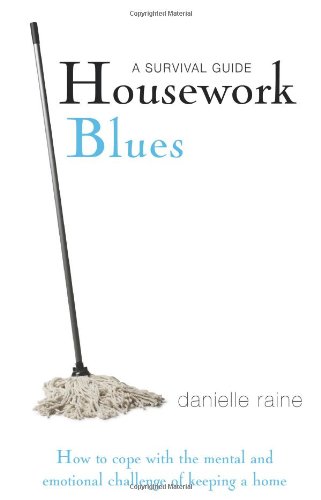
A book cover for Housework Blues: A Survival Guide- How to Cope with the Mental and Emotional Challenge of Keeping a Home; Danielle Raine; Crafts, Hobbies & Home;